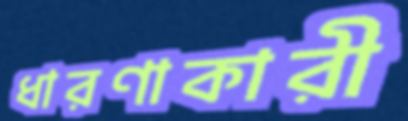
ধারণাকারী